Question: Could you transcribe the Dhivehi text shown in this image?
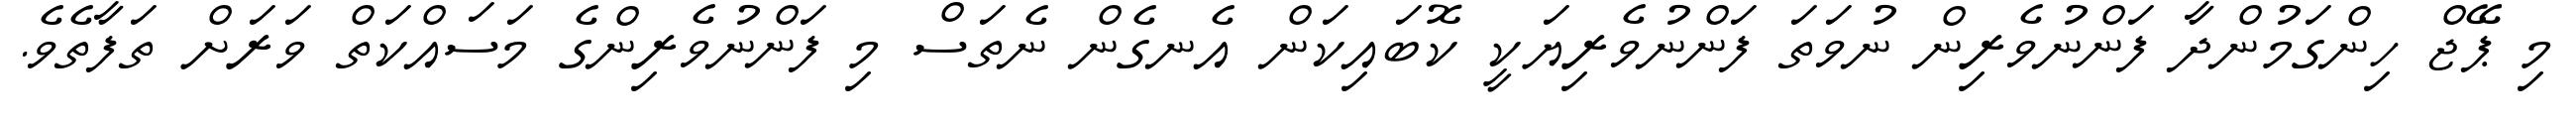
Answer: މި ޕޭޖް ހިންގަމުންދާ ފަންނުވެރިން ނުވަތަ ފަންނުވެރިޔަކީ ކޮބައިކަން އެނގެން ނެތަސް މި ފަންނުވެރިންގެ މަސައްކަތް ވަރަށް ތަފާތެވެ.